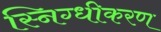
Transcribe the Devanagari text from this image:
स्निग्धीकरण